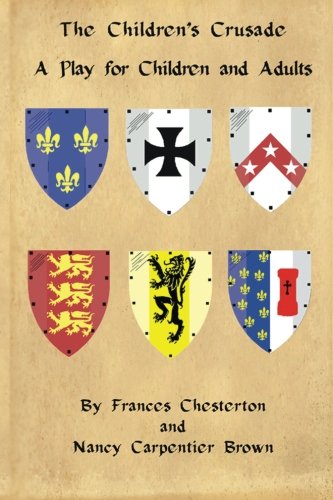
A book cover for The Children's Crusade: A Play for Children and Adults; Frances Chesterton; Literature & Fiction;